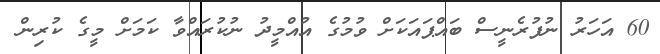
60 އަހަރު ނުފުރެނީސް ބައްޕައަކަށް ވުމުގެ އުއްމީދު ނުކުރައްވާ ކަމަށް މީގެ ކުރިން